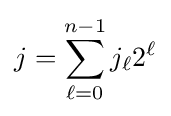
j=\sum _{\ell =0}^{n-1}j_{\ell }2^{\ell }